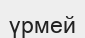
үрмей